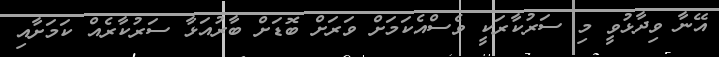
އޭނާ ވިދާޅުވީ މި ސަރުކާރަކީ ވެސްއެކަމަށް ވަރަށް ބޮޑަށް ބާރުއަޅާ ސަރުކާރެއް ކަމަށާއި